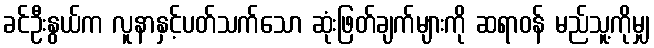
ခင်ဦးနွယ်က လူနာနှင့်ပတ်သက်သော ဆုံးဖြတ်ချက်များကို ဆရာဝန် မည်သူ့ကိုမျှ